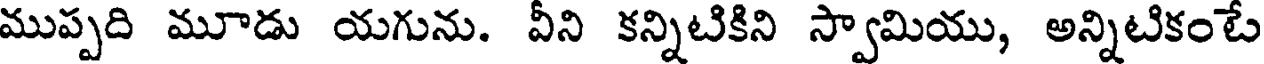
ముప్పది మూడు యగును. వీని కన్నిటికిని స్వామియు, అన్నిటికంటే